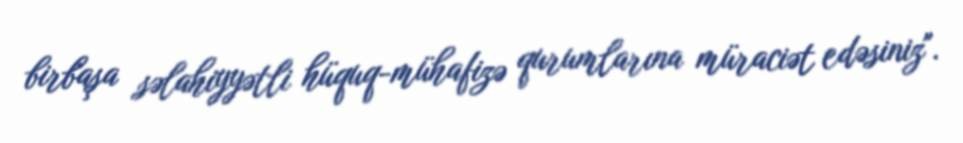
birbaşa səlahiyyətli hüquq-mühafizə qurumlarına müraciət edəsiniz".